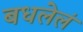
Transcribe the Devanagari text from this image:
बधलेलं